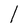
Character: l